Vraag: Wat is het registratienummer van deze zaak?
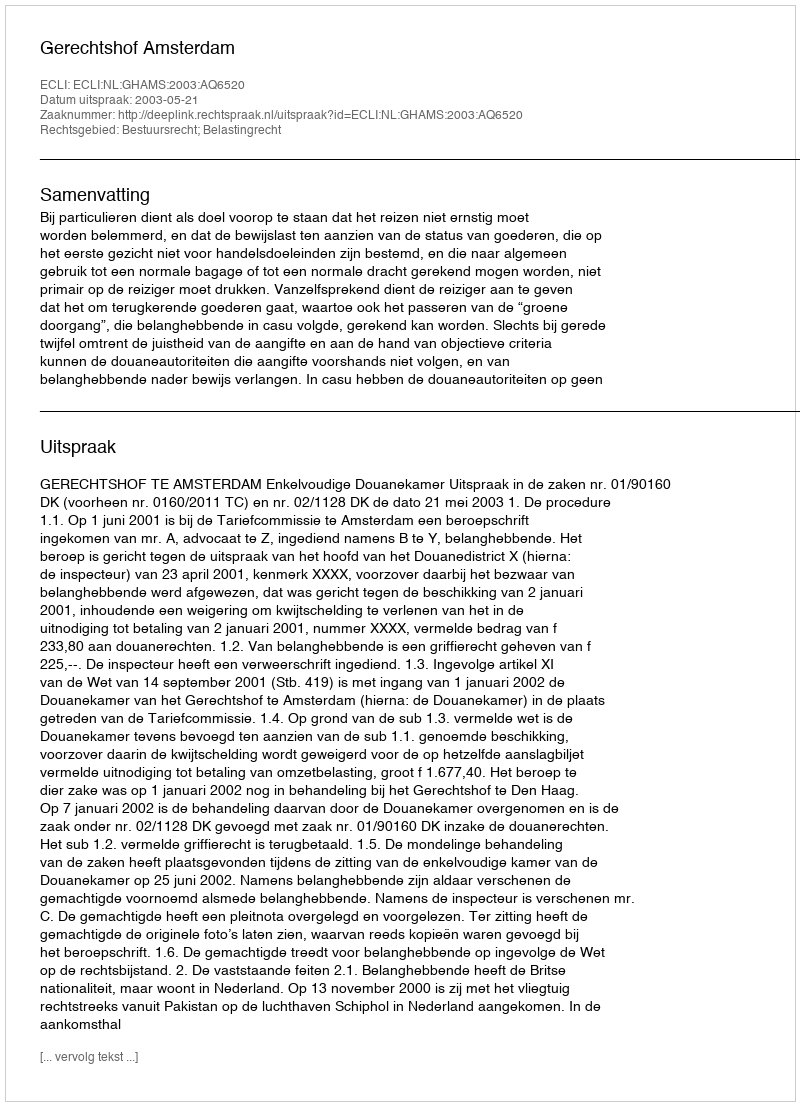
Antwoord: http://deeplink.rechtspraak.nl/uitspraak?id=ECLI:NL:GHAMS:2003:AQ6520